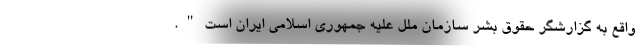
واقع به گزارشگر حقوق بشر سازمان ملل علیه جمهوری اسلامی ایران است".